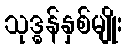
သုဒ္ဓန်နှစ်မျိုး